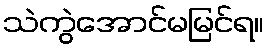
သဲကွဲအောင်မမြင်ရ။